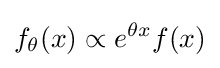
f_{\theta }(x)\propto e^{\theta x}f(x)